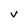
Character: V